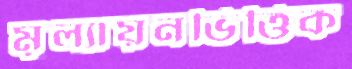
মূল্যায়নভিত্তিক